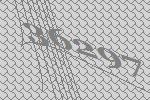
36297